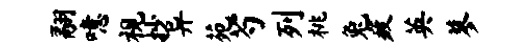
翮噫视抄异苑芍列桃兔疲英蓼